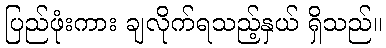
ပြည်ဖုံးကား ချလိုက်ရသည့်နှယ် ရှိသည်။